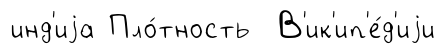
инд'иjа Пло́тность В'ик'ип'е́д'иjи